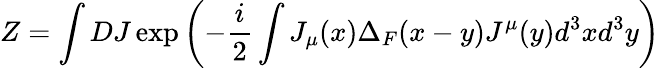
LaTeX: Z=\int DJ\exp\left(-\frac{i}{2}\int J_{\mu}(x)\Delta_{F}(x-y)J^{\mu}(y)d^{3}xd^{3}y\right)